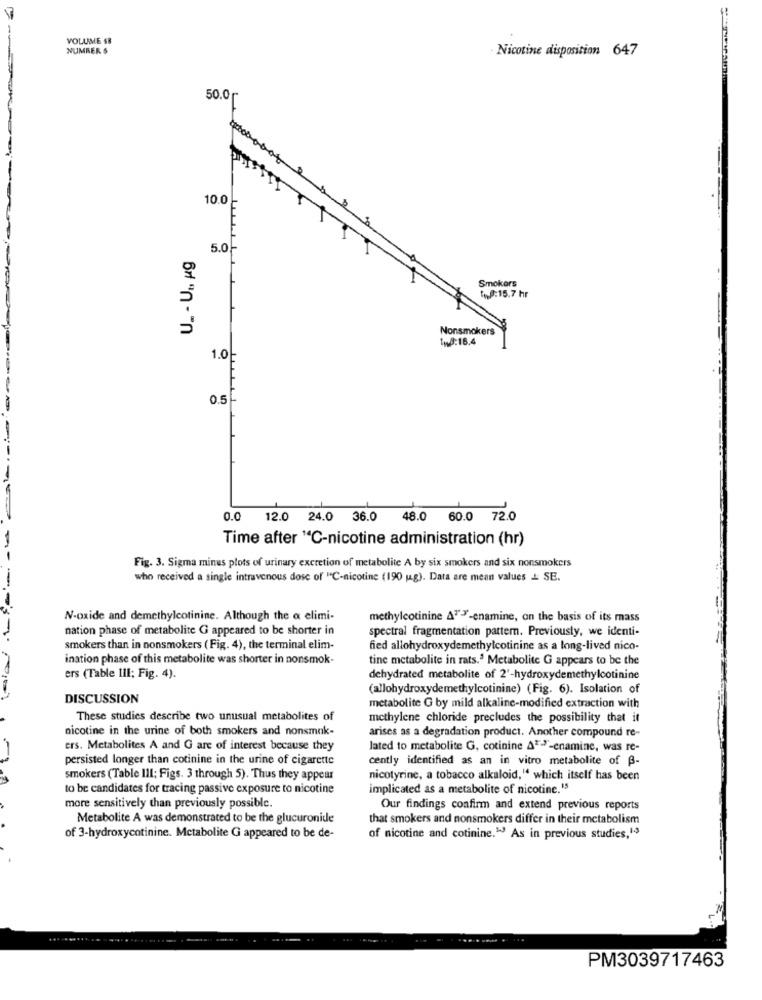
VOLUME 48
NUMBER $
Nicotine disposition 647
50.0
10.0
U_ - UL, pg
5.0.
Smokers
$18:15.7 hr
Nonsmokers
tw8:16.4
1.0
0.0 12.0 24.0 36.0 48.0 60.0 72.0
Time after "C-nicotine administration (hr)
Fig. 3. Sigma minus plots of urinary excretion of metabolite A by six smokers and six nonsmokers
who received a single intravenous dose of "C-nicotine (190 g). Data are mean values + SE.
N-oxide and demethylcotinine. Although the a elimi-
methylcotinine A""""-enamine, on the basis of its mass
nation phase of metabolite G appeared to be shorter in
spectral fragmentation pattern. Previously, we identi-
smokers than in nonsmokers ( Fig. 4), the terminal elim-
fied allohydroxydemethylcotinine as a long-lived nico-
ination phase of this metabolite was shorter in nonsmok-
tine metabolite in rats.3 Metabolite G appears to be the
ers (Table III; Fig. 4).
dehydrated metabolite of 2'-hydroxydemethylcotinine
(allohydroxydemethylcotinine) (Fig. 6). Isolation of
DISCUSSION
metabolite G by mild alkaline-modified extraction with
These studies describe two unusual metabolites of
methylene chloride precludes the possibility that it
nicotine in the urine of both smokers and nonsmak-
arises as a degradation product. Another compound re-
ers. Metabolites A and G are of interest because they
lated to metabolite G, cotinine A *- "-enamine, was re-
persisted longer than cotinine in the urine of cigarette
cently identified as an in vitro metabolite of B-
smokers (Table III; Figs. 3 through 5). Thus they appear
nicotyrine, a tobacco alkaloid," which itself has been
to be candidates for tracing passive exposure to nicotine
implicated as a metabolite of nicotine.15
more sensitively than previously possible.
Our findings confirm and extend previous reports
Metabolite A was demonstrated to be the glucuronide
that smokers and nonsmokers differ in their metabolism
of 3-hydroxycotinine. Metabolite G appeared to be de-
of nicotine and cotinine." As in previous studies,13
PM3039717463